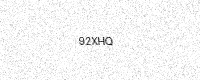
Text: 92XHQ